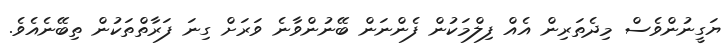
ޔަގީީނުންވެސް މިދެތަރިން އެއް ފިލްމަކުން ފެންނަން ބޭނުންވާނެ ވަރަށް ގިނަ ފަރާތްތަކުން ތިބޭނެއެވެ.